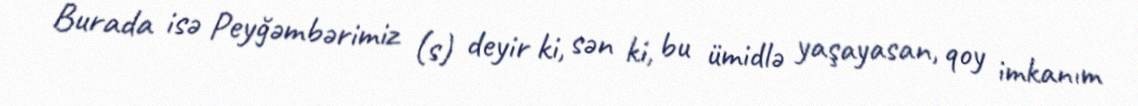
Burada isə Peyğəmbərimiz (s) deyir ki, sən ki, bu ümidlə yaşayasan, qoy imkanım